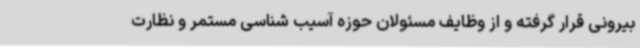
بیرونی قرار گرفته و از وظایف مسئولان حوزه آسیب شناسی مستمر و نظارت